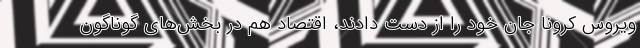
ویروس کرونا جان خود را از دست دادند، اقتصاد هم در بخش‌های گوناگون